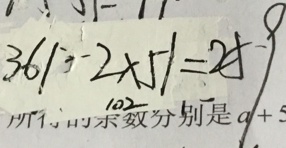
3 6 1 - 2 \times 5 1 = 2 5 9